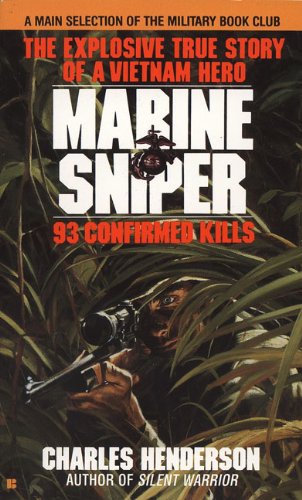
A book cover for Marine Sniper: 93 Confirmed Kills; Charles Henderson; Literature & Fiction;